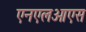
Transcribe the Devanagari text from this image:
एनएलओएस